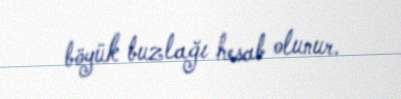
böyük buzlağı hesab olunur.